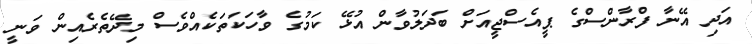
އަދި އޭނާ ފްރާންސްގެ ޕީއެސްޖީއަށް ބަދަލުވާން އުޅޭ ކަމުގެ ވާހަކަތަކެއްވެސް މިދޭތެރެއިން ވަނީ